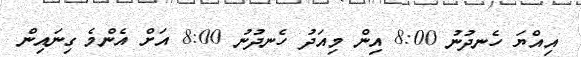
އިއްޔަ ހެނދުނު 8:00 އިން މިއަދު ހެނދުނު 8:00 އަށް އެންމެ ގިނައިން